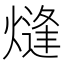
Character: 熢